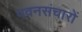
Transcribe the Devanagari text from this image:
पवनसंचारों